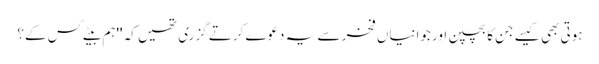
ہوتی بھی کیسے جن کا بچپن اور جوانیاں فخر سے یہ دعوے کرتے گزری تھیں کہ ''ہم بیٹے کس کے؟